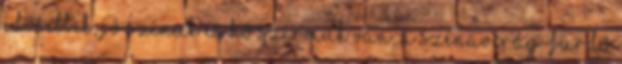
idősebbek, jó színük és hő szirmuk van. A szénavirág-fürdő